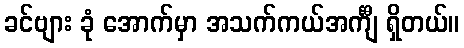
ခင်ဗျား ခုံ အောက်မှာ အသက်ကယ်အင်္ကျီ ရှိတယ်။